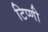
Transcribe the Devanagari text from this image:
टिप्णी